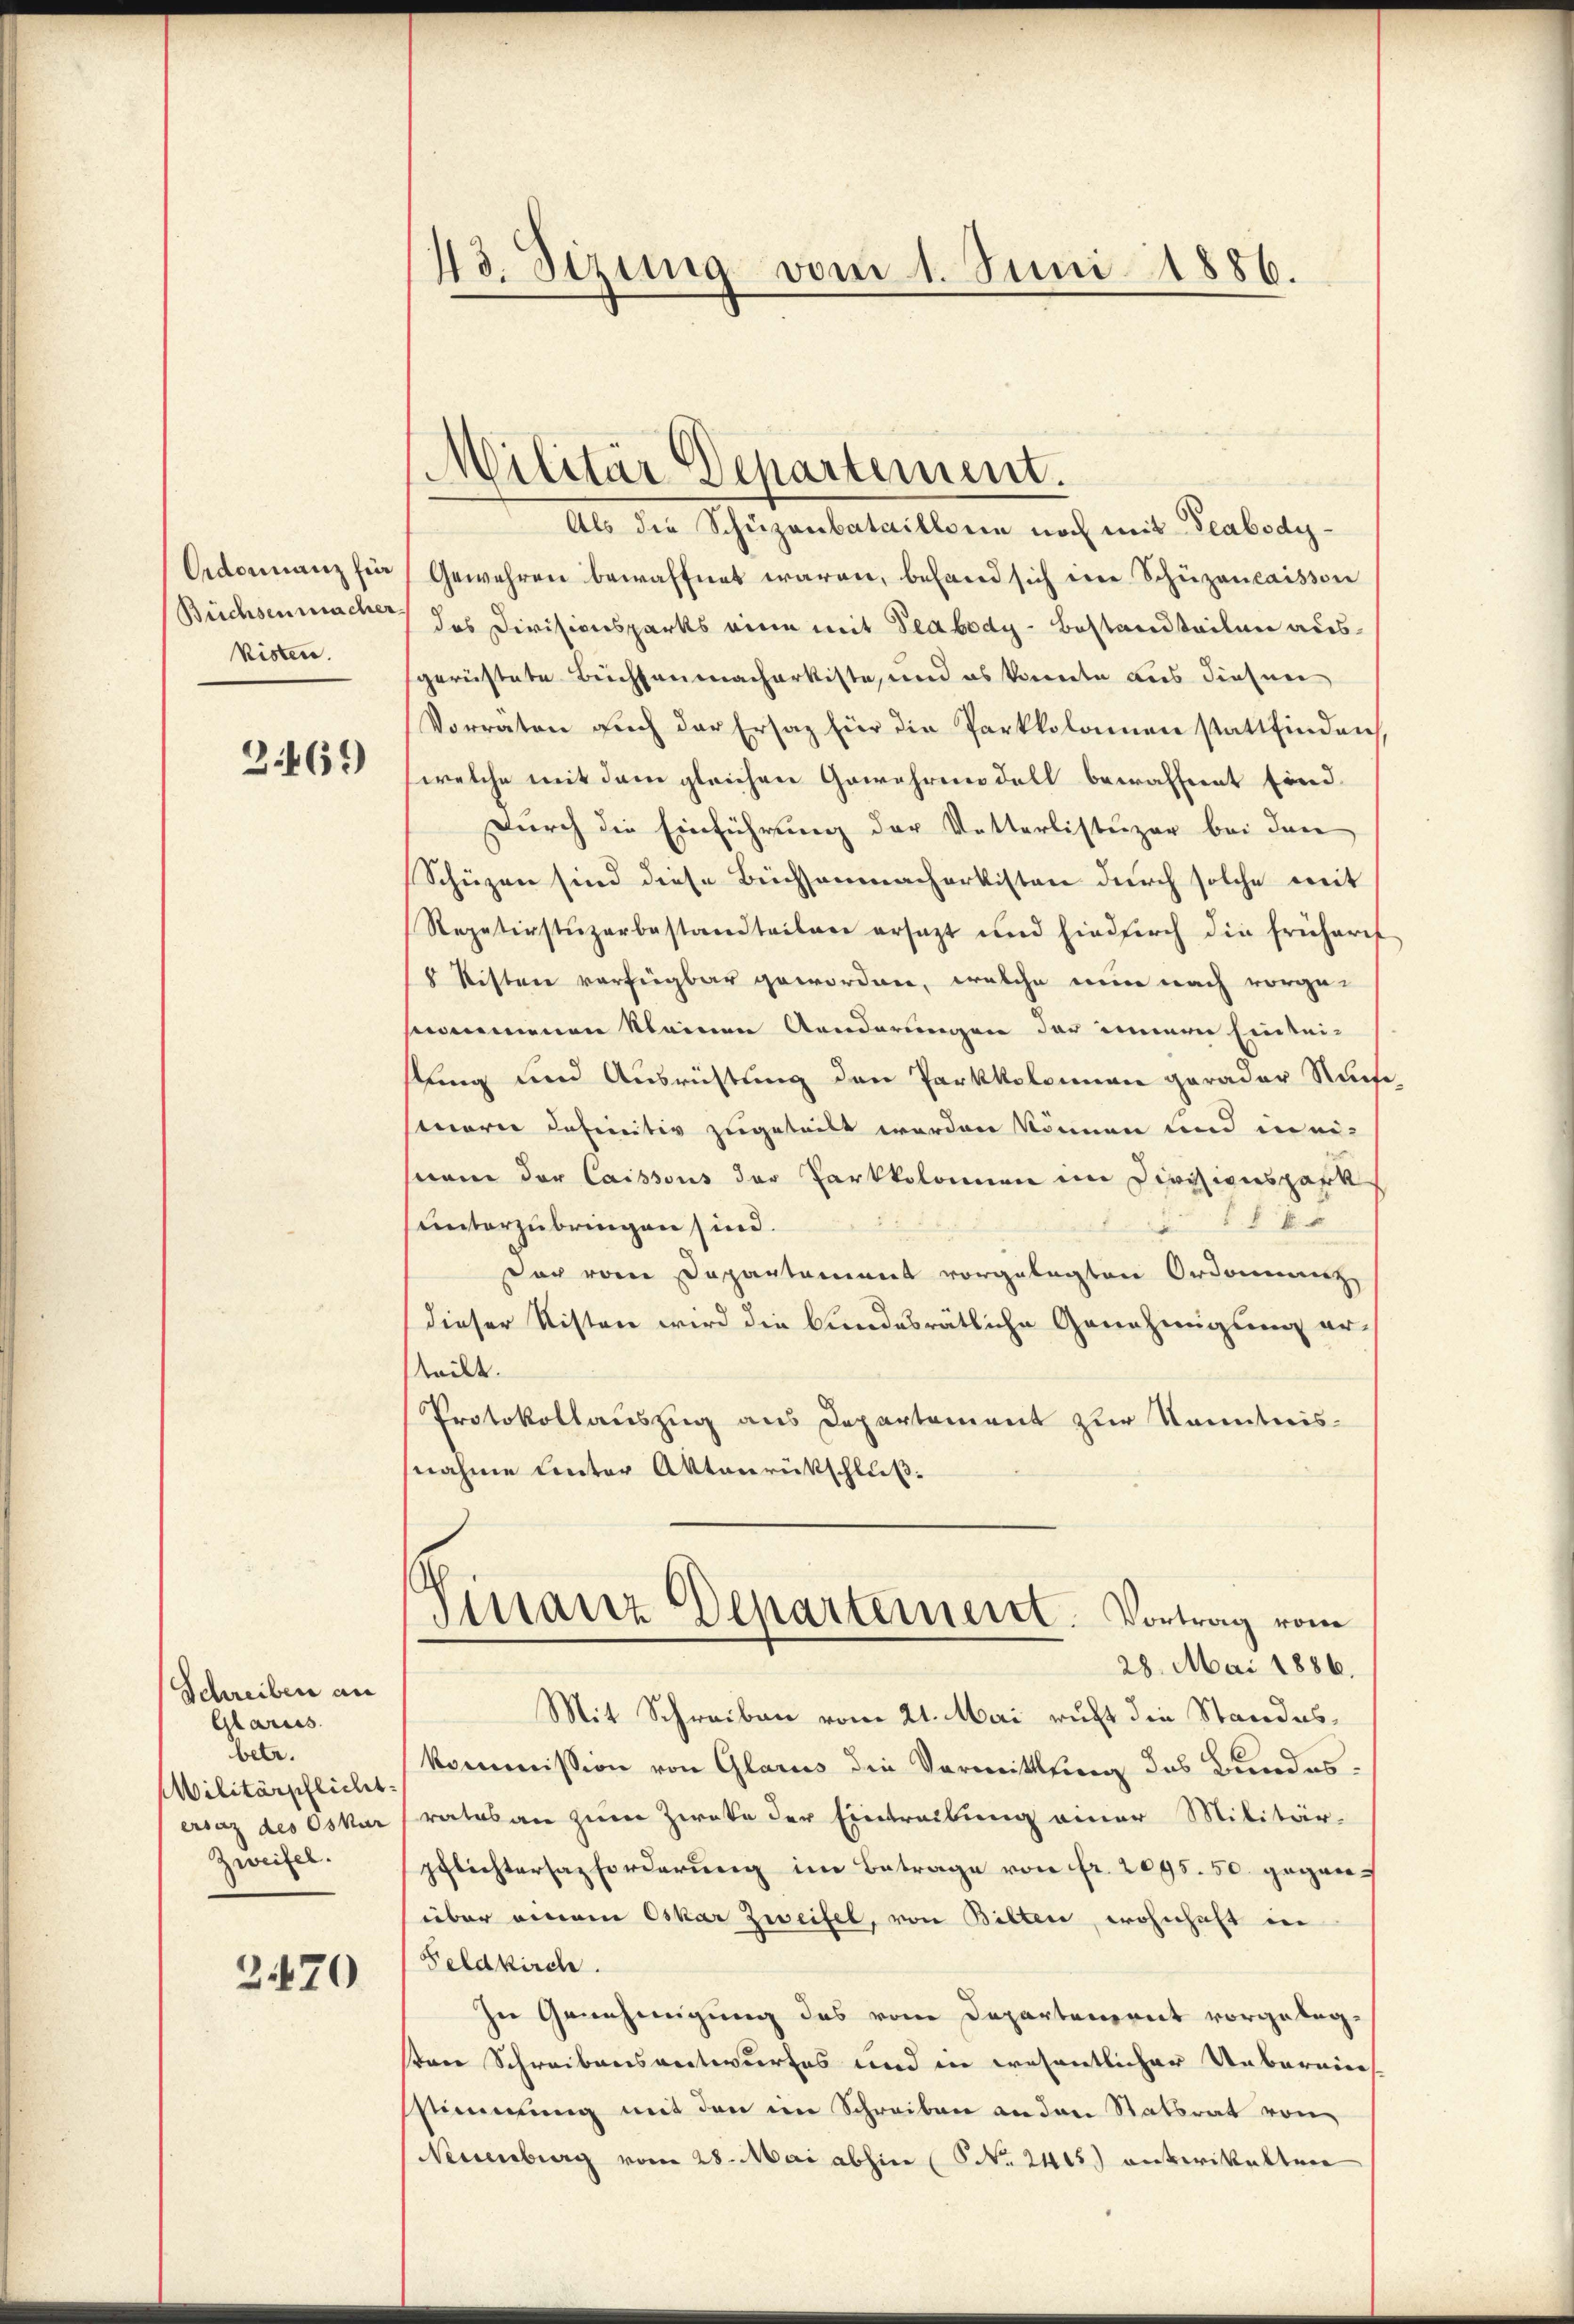
kisten.

3469)

Schreiben an
Glarus.
betr.
Militärpflicht
Zweifel.

2470

Als die Schüzenbataillon noch mit Teabody¬
Adonanz fie Gewehren bewaffnet waren, behand sich eine Schüzaucaisson
Büchsenmacher das Divisionsparks eine mit Peabody-Bestandteilen ausgerüstete Büchsenmacherkiste, und es konnte aus diesen
Vorräten aŭch der Ersatz für die Parkkolamen stattfinden
(welche mit dem gleichen Gewehrendell bewaffnent finddurch die Einführung der Vetterlistuzer bei den
Schüzen sind diese Büchsenmacherkisten durch solche mit
Repetirstŭzarbestandteilen ersetzt und hiedurch die früheres
8 Stiften verfügbar gewordnen, welche nun nach vorge-
smomenen kleinen Aenderungen der innern Eintei-
fung und Ausrichtung den Parkkoloman gerader Nach
senorie definitiv zugeteilt worden können und in ei-
suam der Caissous der Parkkolomen im Divisionspark
 f 8 x
unterzubringen sind.
dar vom Departement vorgelegten Ordnung
dieser Nisten wird die bundesrätliche Genehmigung er-
teilt.
Protokollauszug aus Departement zur Kenntnisnahme unter Aktenrückschluß.
Tistanz Departement. Vortrag vom
28. Mai 1886.
Mit Schreiben vom 21. Mai richt die Standeskommission von Glarus die Vormittlung das Bundesersaz des Oskar ratas an zum Zwecke der Eintreibung einer Militär-
pflichtersazforderung im Betrage von Fr. 2095. 50. gegen¬
(über einem Oskar Zweifel, von Bilten, wohnhaft in
Feldkirch
In Genehmigung des vom Departement vorgelegsten Schreibensentwurfes und in wesentlicher Uebereins-
stimmung mit den im Schreiben an den Statsrat von
Neuenburg vom 28. Mai abhin (S. 2405) anverikalten

43. Sizia vom 1. Juni 1886.

Militär Departement.